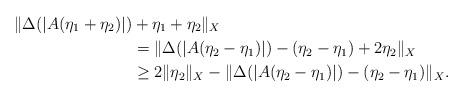
LaTeX: \begin{align*} \|\Delta(|A(\eta_1+\eta_2)|)&+\eta_1+\eta_2\|_X\\ &=\|\Delta(|A(\eta_2-\eta_1)|)-(\eta_2-\eta_1)+2\eta_2\|_X \\ &\geq2\|\eta_2\|_X-\|\Delta(|A(\eta_2-\eta_1)|)-(\eta_2-\eta_1)\|_X.\end{align*}